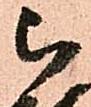
被